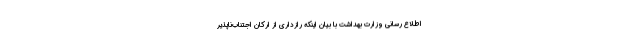
اطلاع رسانی وزارت بهداشت با بیان اینکه رازداری از ارکان اجتناب‌ناپذیر